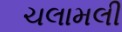
ચલામલી